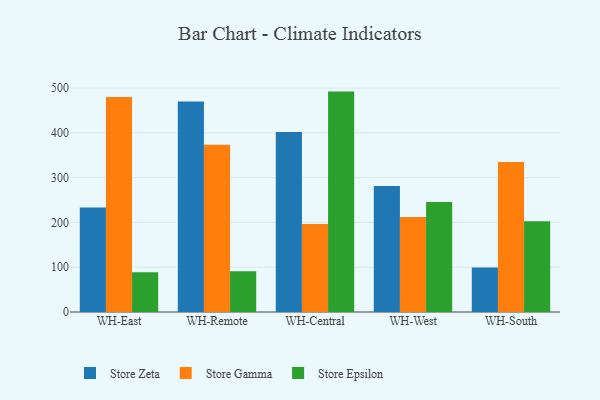
{"axis": {"x": "Warehouse", "y": "Humidity (%)"}, "legend": ["Store Epsilon", "Store Gamma", "Store Zeta"], "data": [{"x": "WH-East", "y": 233.4, "type": "Store Zeta"}, {"x": "WH-East", "y": 480.2, "type": "Store Gamma"}, {"x": "WH-East", "y": 88.9, "type": "Store Epsilon"}, {"x": "WH-Remote", "y": 470.2, "type": "Store Zeta"}, {"x": "WH-Remote", "y": 373.7, "type": "Store Gamma"}, {"x": "WH-Remote", "y": 90.8, "type": "Store Epsilon"}, {"x": "WH-Central", "y": 401.8, "type": "Store Zeta"}, {"x": "WH-Central", "y": 196.8, "type": "Store Gamma"}, {"x": "WH-Central", "y": 492.2, "type": "Store Epsilon"}, {"x": "WH-West", "y": 281.4, "type": "Store Zeta"}, {"x": "WH-West", "y": 212.0, "type": "Store Gamma"}, {"x": "WH-West", "y": 245.7, "type": "Store Epsilon"}, {"x": "WH-South", "y": 99.3, "type": "Store Zeta"}, {"x": "WH-South", "y": 334.9, "type": "Store Gamma"}, {"x": "WH-South", "y": 202.7, "type": "Store Epsilon"}]}